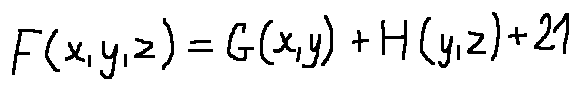
F ( x , y , z ) = G ( x , y ) + H ( y , z ) + 2 1